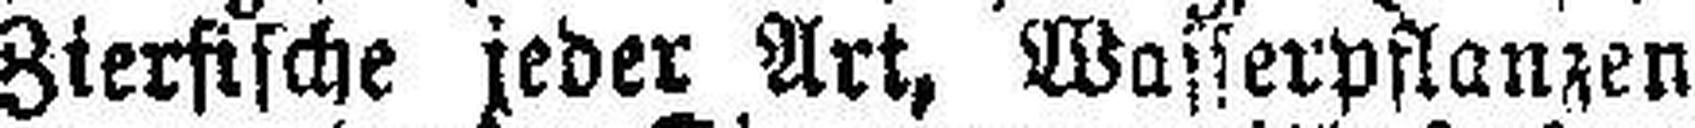
Zierfische jeder Art, Wasserpflanzen